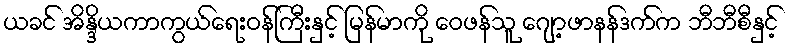
ယခင် အိန္ဒိယကာကွယ်ရေးဝန်ကြီးနှင့် မြန်မာကို ဝေဖန်သူ ဂျော့ဖာနန်ဒက်က ဘီဘီစီနှင့်